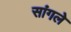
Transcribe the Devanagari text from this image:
सांगले